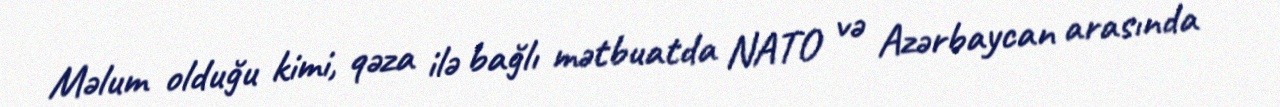
Məlum olduğu kimi, qəza ilə bağlı mətbuatda NATO və Azərbaycan arasında